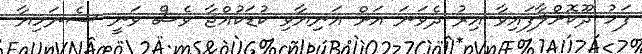
ފަހު ދޫކޮށްލާފައިވާ އިރު ދެވަނަ އަށް އަނިޔާވި ކުޑަކުއްޖާ ވެސް ވަނީ ސެނަހިޔާ